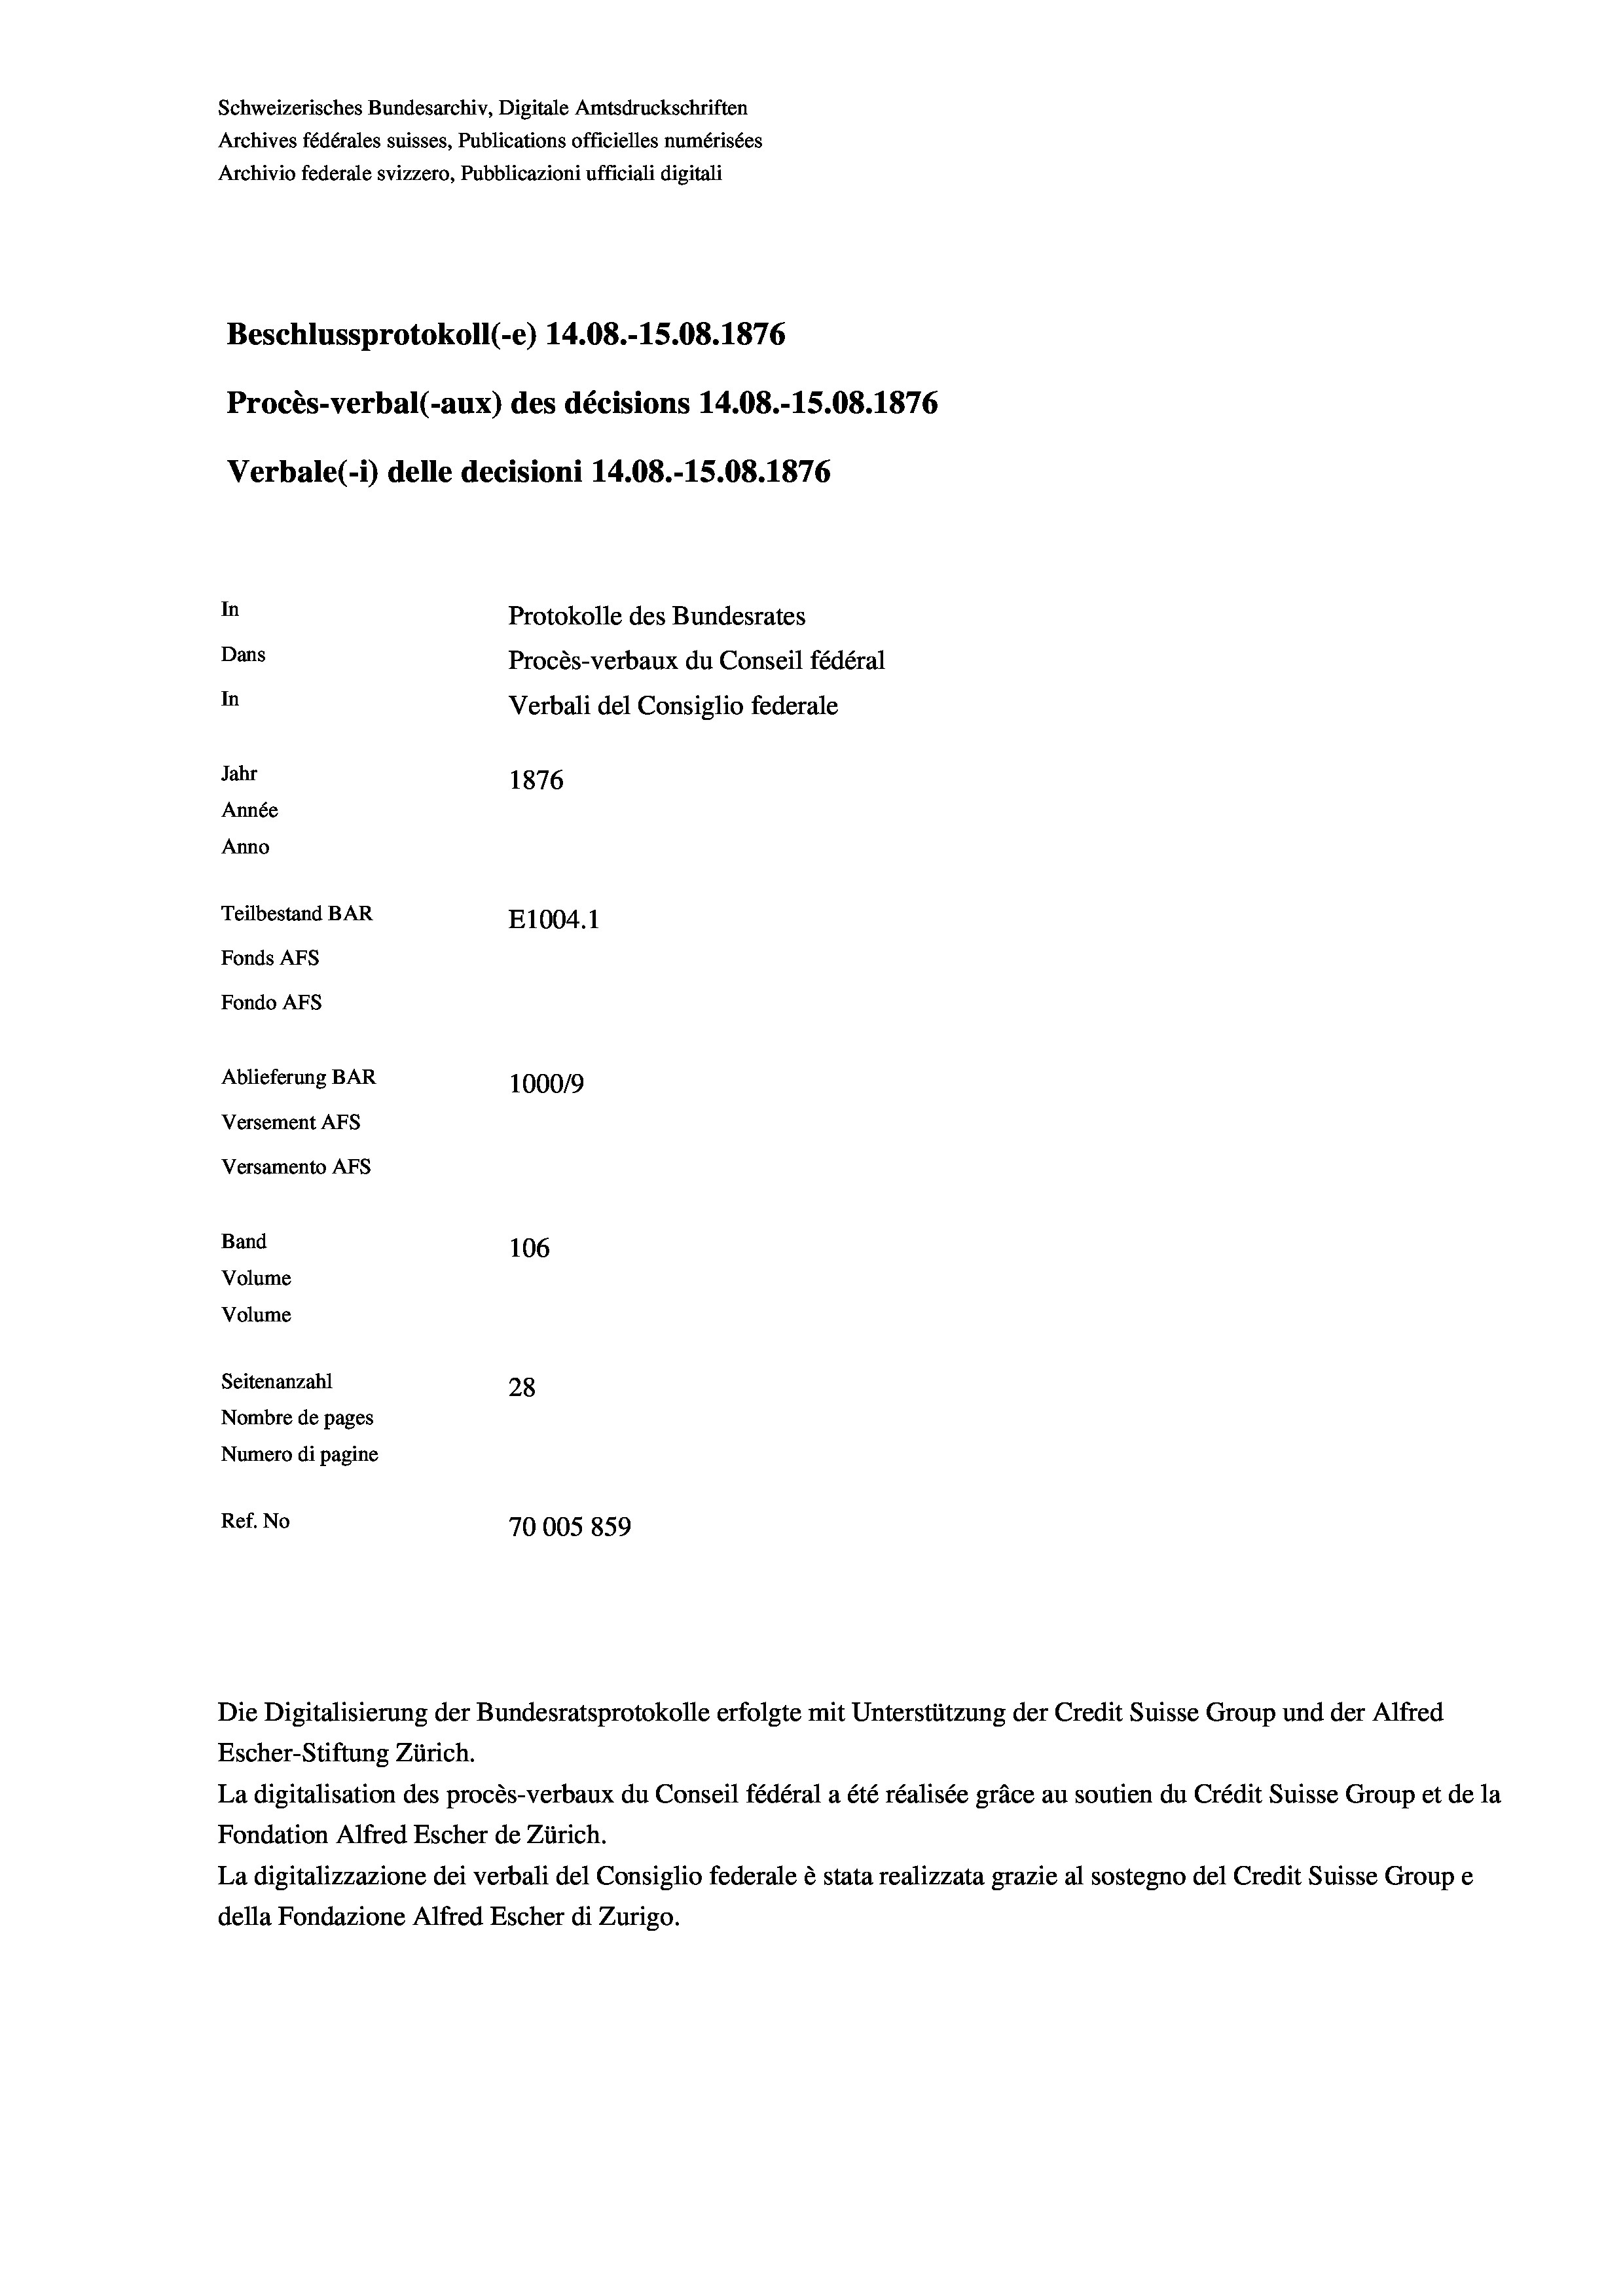
Schweizerisches Bundesarchiv, Digitale Amtsdruckschriften
Archives fédérales suisses, Publications officielles numérisées
Archivio federale svizzero, Pubblicazioni ufficiali digitali
Beschlussprotokoll (-e) 14.08.-15.08. 1876
Procès-verbal (-aux) des décisions 14.08.-15.08. 1876
Verbale(-*) delle decisioni 14.08.-15.08. 1876
In
Protokolle des Bundesrates
Dans
Procès-verbaux du Conseil fédéral
In
Verbali del Consiglio federale
Jahr
1876
Année
Anno
Teilbestand BAR
E1004.1
Fonds AFs
Fondo Afs
Ablieferung BAR
100019
Versement AFs
Versamento Afs

106
Seitenanzahl
28
Nombre de pages
Numero di pagine
Ref. No
70005 859

Band
Volume
Volume

Die Digitalisierung der Bundesratsprotokolle erfolgte mit Unterstützung der Credit Suisse Group und der Alfred
Escher-Stiftung Zürich.
La digitalisation des procès-verbaux du Conseil fédéral a été réalisée gräce au soutien du Crédit Suisse Group et de la
Fondation Alfred Escher de Zürich.
La digitalizzazione dei verbali del Consiglio federale è stata realizzata grazie al sostegno del Credit Suisse Groupe
della Fondazione Alfred Escher di Zurigo.